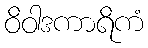
ဝိဝါဒကာရိကံ